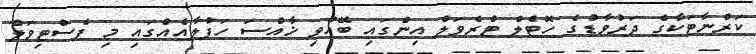
ކަރްނާޓަކާގެ ދަރުވާޑުގެ ހޮޓެލް ޓްރެވަލް އިންގައި ބޭއްވި ޚާއްސަ ހަފުލާއެއްގައި މި ފެސްޓިވަލް